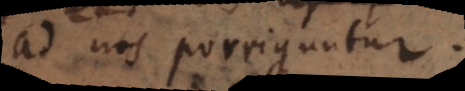
ad nos porriguntur.